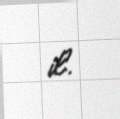
il.